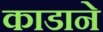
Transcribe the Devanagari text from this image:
काडाने